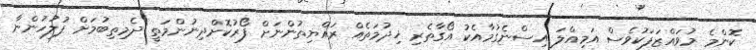
ކޮންމެ މުވައްޒަފަކުވެސް އަމިއްލަ އިސްނެގުމާއެކު އޯގާތެރި ޚިދުމަތެއް ރައްޔިތުންނަށް ފޯރުކޮށްދިނުންމަތީ ދެމިތިބުމަށް ފުލުހުންނާ